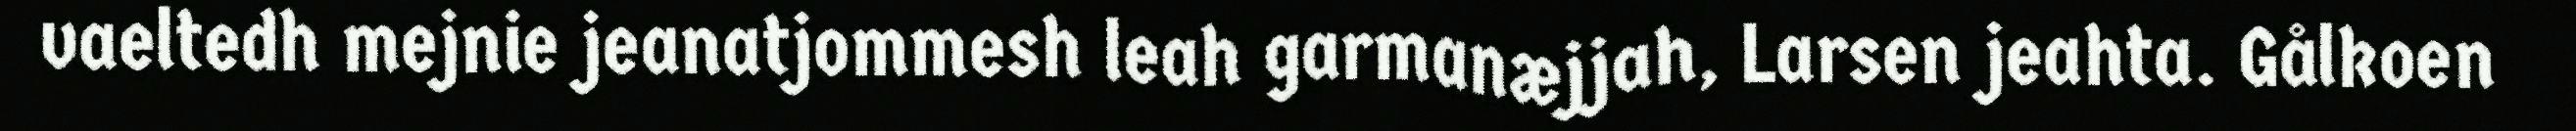
vaeltedh mejnie jeanatjommesh leah garmanæjjah, Larsen jeahta. Gålkoen